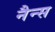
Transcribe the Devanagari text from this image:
नैन्स